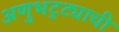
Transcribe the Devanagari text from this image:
अणुभट्ट्याची